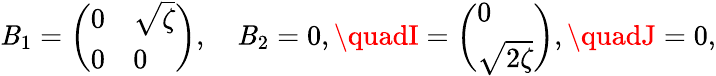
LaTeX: \mathit{B}_{1}=\left(\begin{array}{ll}{{0}}&{{\sqrt{\zeta}}}\\ {{0}}&{{0}}\end{array}\right),\quad\mathit{B}_{2}=0,\quadI=\left(\begin{array}{l}{{0}}\\ {{\sqrt{2\zeta}}}\end{array}\right),\quadJ=0,